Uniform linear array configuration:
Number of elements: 12
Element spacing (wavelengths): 0.75
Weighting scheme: blackman
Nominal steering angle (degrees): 60
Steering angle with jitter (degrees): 58.29
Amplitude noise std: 0.05
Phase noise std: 0.05

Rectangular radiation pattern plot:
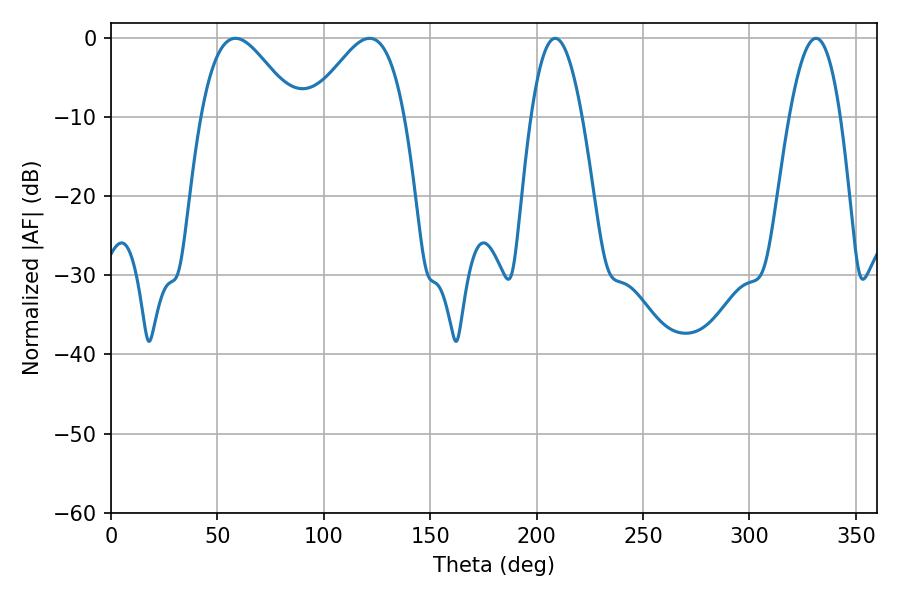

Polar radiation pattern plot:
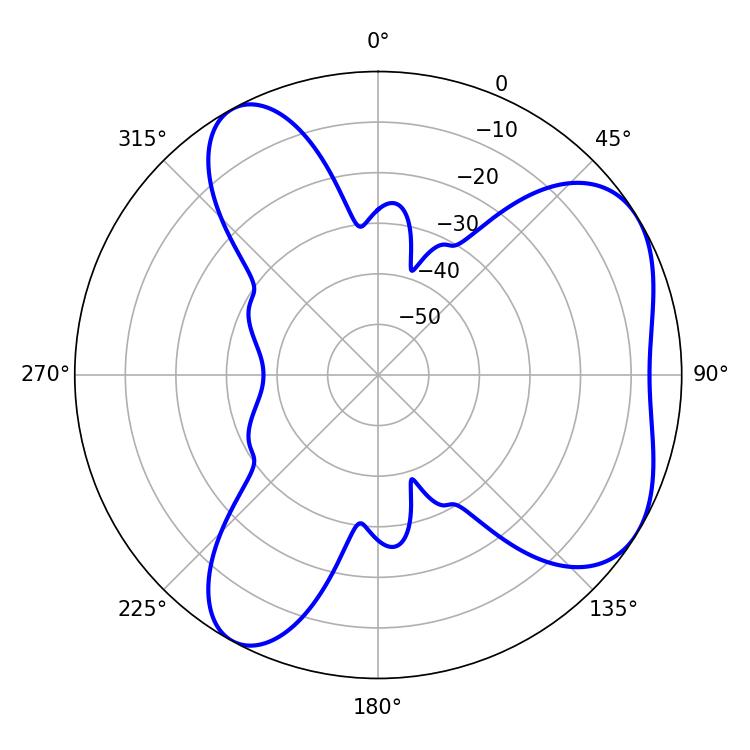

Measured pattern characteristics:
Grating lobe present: TRUE
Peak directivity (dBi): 5.419
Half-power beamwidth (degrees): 23.76
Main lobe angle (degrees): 58.5